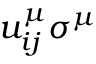
u _ { i j } ^ { \mu } \sigma ^ { \mu }